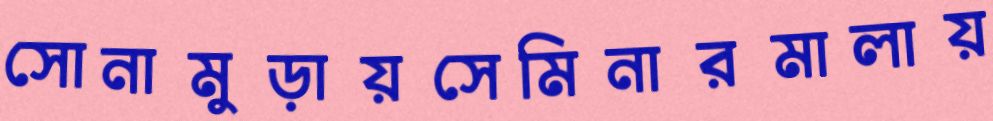
সোনামুড়ায়সেমিনারমালায়